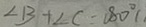
\angle B + \angle C = 1 8 0 ^ { \circ } (